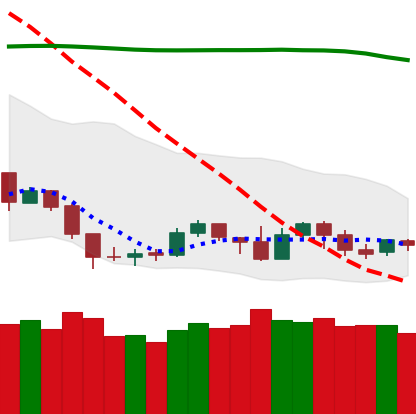
Ticker: NEO-USD
Chart end date: 2019-09-13
Forward return: 13.28%
Label: up_7plus